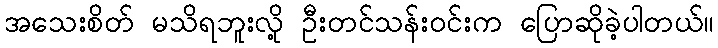
အသေးစိတ် မသိရဘူးလို့ ဦးတင်သန်းဝင်းက ပြောဆိုခဲ့ပါတယ်။